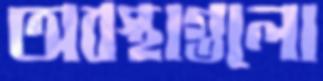
অবস্থাগুলো